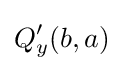
Q'_{y}(b,a)